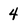
Character: 4